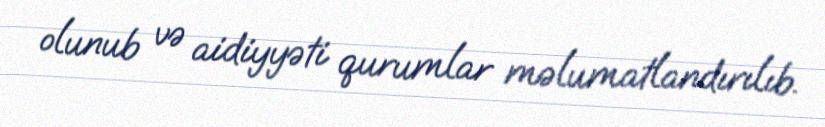
olunub və aidiyyəti qurumlar məlumatlandırılıb.